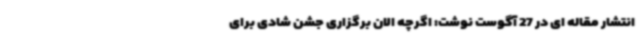
انتشار مقاله ای در 27 آگوست نوشت: اگرچه الان برگزاری جشن شادی برای